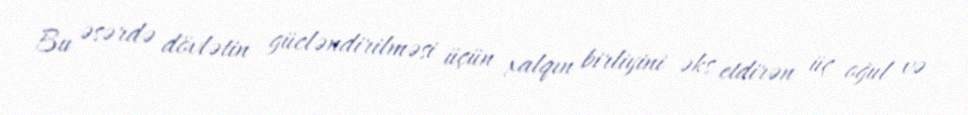
Bu əsərdə dövlətin gücləndirilməsi üçün xalqın birliyini əks etdirən üç oğul və